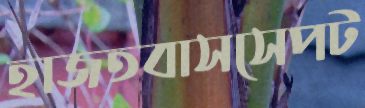
হাজতবাসসেপট